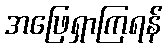
အဖြေရှာကြရန်